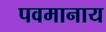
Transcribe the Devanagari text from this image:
पवमानाय